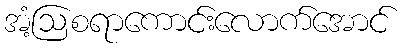
အံ့ဩစရာကောင်းလောက်အောင်